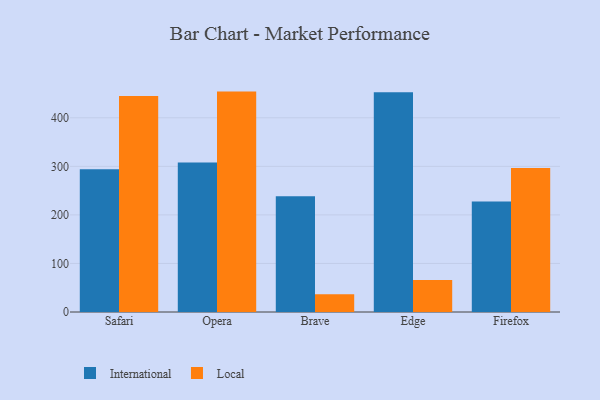
{"axis": {"x": "Browser", "y": "Demand Index"}, "legend": ["International", "Local"], "data": [{"x": "Safari", "y": 294.2, "type": "International"}, {"x": "Safari", "y": 444.7, "type": "Local"}, {"x": "Opera", "y": 307.7, "type": "International"}, {"x": "Opera", "y": 453.9, "type": "Local"}, {"x": "Brave", "y": 238.2, "type": "International"}, {"x": "Brave", "y": 36.5, "type": "Local"}, {"x": "Edge", "y": 452.5, "type": "International"}, {"x": "Edge", "y": 66.0, "type": "Local"}, {"x": "Firefox", "y": 227.6, "type": "International"}, {"x": "Firefox", "y": 296.7, "type": "Local"}]}